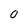
Character: O